Lunatic asylums Punjab 1911-1921 - 1911-1921
Year: 1911
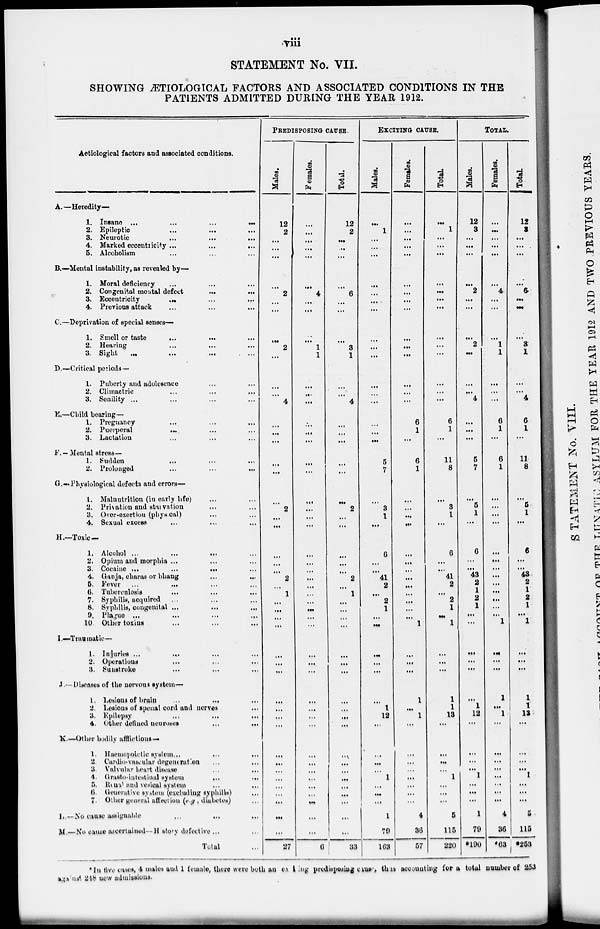
viii
STATEMENT No. VII.
SHOWING ÆTIOLOGICAL FACTORS AND ASSOCIATED CONDITIONS IN THE
PATIENTS ADMITTED DURING THE YEAR 1912.
Aetiological factors and associated conditions.
A.—Heredity—
1. Insane ... ... ... ...
2. Epileptic
...
...
...
3. Neurotic
...
...
...
4. Marked eccentricity
...
...
...
5. Alcoholism ... ... ...
B.—Mental instability, as revealed by—
1. Moral deficiency ... ... ...
2. Congenital mental defect
...
...
3. Eccentricity
...
...
...
4. Previous attack ... ... ...
C.—Deprivation of special senses—
1. Smell or taste
...
...
...
2. Hearing
...
...
...
3. Sight
...
...
...
D.—Critical periods—
1. Puberty and adolesence ... ... ...
2. Climactric ... ... ...
3. Senility ... ... ... ...
E.—Child bearing—
1. Pregnancy ... ... ...
2. Puerperal ... ... ...
3. Lactation ... ... ...
F. — Mental stress—
1. Sudden
...
...
...
2. Prolonged
...
...
...
G.—Physiological defects and errors—
1. Malnutrition (in early life) ... ... ...
2. Privation and starvation ... ... ...
3. Over-exertion (physical) ... ... ...
4. Sexual excess ... ... ...
H.—Toxic—
1. Alcohol
...
...
...
2. Opium and morphia ... ... ...
3. Cocaine
...
...
...
4. Ganja, charas or bhang ... ... ...
5. Fever ... ... ...
6. Tuberculosis
...
...
...
7. Syphilis, acquired ... ... ...
8. Syphilis, congenital ... ... ...
9. Plague
...
...
...
...
10. Other toxins
...
...
...
I.—Traumatic—
1. Injuries
...
...
...
2. Operations ... ... ...
3. Sunstroke ... ... ...
J.—Diseases of the nervous system—
1. Lesions of brain
...
...
...
2. Lesions of spenal cord and nerves ...
3. Epilepsy
...
...
...
4. Other defined
neuroses
...
...
...
K.—Other bodily afflictions—
1. Haemopoictic system
...
...
...
2. Cardio-vascular degeneration ... ... ...
3. Valvular heart disease ... ... ...
4. Grasto-intestinal system
...
...
...
5. Renal and vesical system
...
...
...
6. Generative system (excluding syphilis) ...
7. Other general affection (e.g, diabetes) ...
L.—No cause
assignable
...
...
...
M.—No cause ascertained— History defective ... ...
Total ...
PREDISPOSING CAUSE.
Males.
12
2
...
...
...
...
2
...
...
...
2
...
...
...
4
...
...
...
...
...
...
2
...
...
...
...
...
2
...
1
...
...
...
...
...
...
...
...
...
...
...
...
...
...
...
...
...
...
...
...
27
Females.
...
...
...
...
...
...
4
...
...
...
1
1
...
...
...
...
...
...
...
...
...
...
...
...
...
...
...
...
...
...
...
...
...
...
...
...
...
...
...
...
...
...
...
...
...
...
...
...
...
...
6
Total.
12
2
...
...
...
...
6
...
...
...
3
1
...
...
4
...
...
...
...
...
...
2
...
...
...
...
...
2
...
1
...
...
...
...
...
...
...
...
...
...
...
...
...
...
...
...
...
...
...
...
33
EXCITING CAUSE.
Males.
...
1
...
...
...
...
...
...
...
...
...
...
...
...
...
...
...
...
5
7
...
3
1
...
6
...
...
41
2
...
2
1
...
...
...
...
...
...
1
12
...
...
...
...
1
...
...
...
1
79
163
Females.
...
...
...
...
...
...
...
...
...
...
...
...
...
...
...
6
1
...
6
1
...
...
...
...
...
...
...
...
...
...
...
...
...
1
...
...
...
1
...
1
...
...
...
...
...
...
...
...
4
36
57
Total.
...
1
...
...
...
...
...
...
...
...
...
...
...
...
...
6
1
...
11
8
...
3
1
...
6
...
...
41
2
...
2
1
...
1
...
...
...
1
1
13
...
...
...
...
1
...
...
...
5
115
220
TOTAL.
Males.
12
3
...
...
...
...
2
...
...
...
2
...
...
...
4
...
...
...
5
7
...
5
1
...
6
...
...
43
2
1
2
1
...
...
...
...
...
...
1
12
...
...
...
...
1
...
...
...
1
79
*190
Females.
...
...
...
...
...
...
4
...
...
...
1
1
...
...
...
6
1
...
6
1
...
...
...
...
...
...
...
...
...
...
...
...
...
1
...
...
...
1
...
1
...
...
...
...
...
...
...
...
4
36
*63
Total.
12
3
...
...
...
...
6
...
...
...
3
1
...
...
4
6
1
...
11
8
...
5
1
...
6
...
...
43
2
1
2
1
...
1
...
...
...
1
1
13
...
...
...
...
1
...
...
...
5
115
*253
* In five cases, 4 males and 1 female, there were both an existing predispesing cause, thus accounting for a total number of 253
against 248 new admissions.